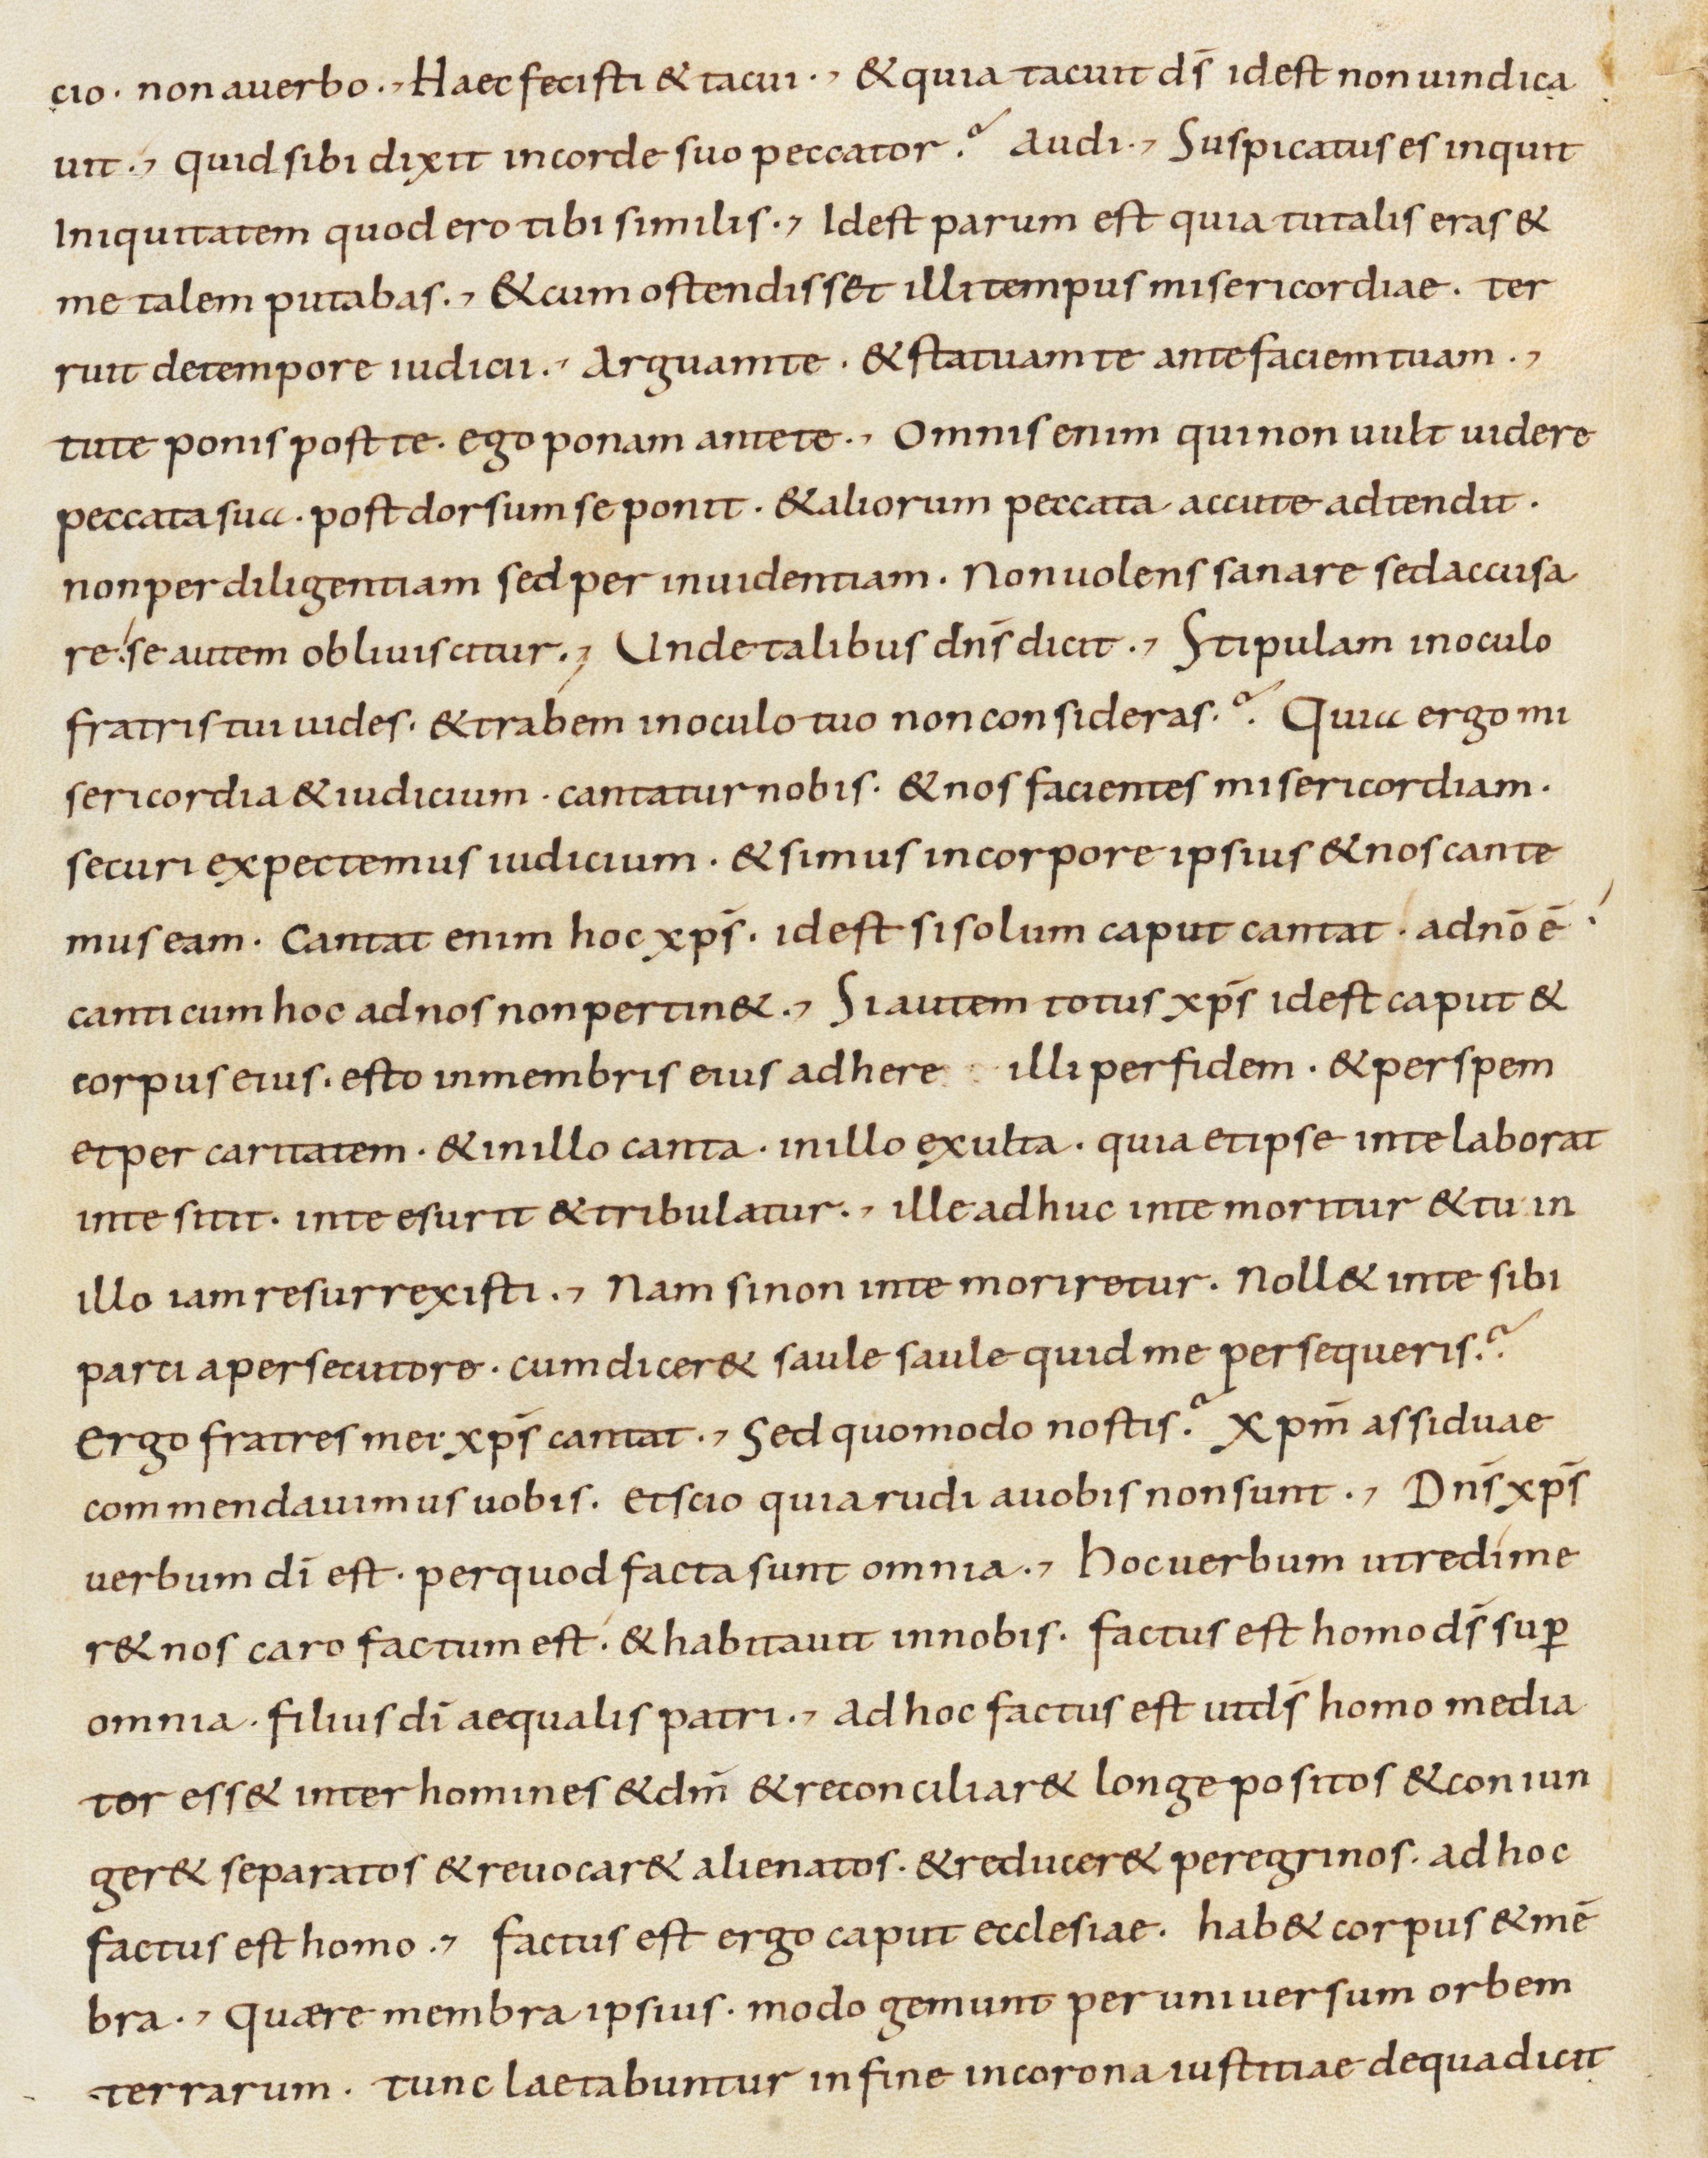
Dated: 800–899